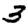
Digit: 3